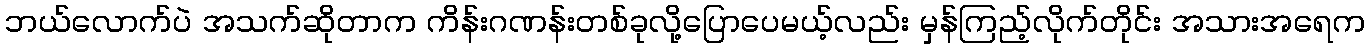
ဘယ်လောက်ပဲ အသက်ဆိုတာက ကိန်းဂဏန်းတစ်ခုလို့ပြောပေမယ့်လည်း မှန်ကြည့်လိုက်တိုင်း အသားအရေက